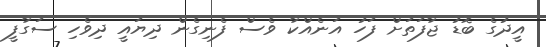
އީދުގެ ބޮޑު ޖާފަތަށް ފަހު އަނެއްކާ ވެސް ފެނިގެން ދިޔައީ ދިވެހި ސަގާފީ